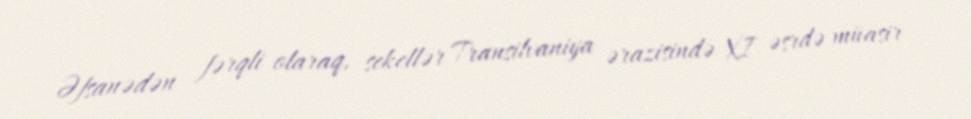
Əfsanədən fərqli olaraq, sekellər Transilvaniya ərazisində XI əsrdə müasir